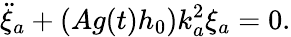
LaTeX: \ddot{\xi}_{a}+(Ag(t)h_{0})k_{a}^{2}\xi_{a}=0.